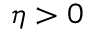
\eta > 0